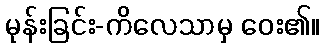
မုန်းခြင်း-ကိလေသာမှ ဝေး၏။